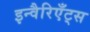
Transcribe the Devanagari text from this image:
इन्वैरिएँट्स